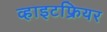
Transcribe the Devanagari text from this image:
व्हाइटफ्रियर